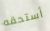
أستحقه